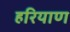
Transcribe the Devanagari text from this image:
हरियाण